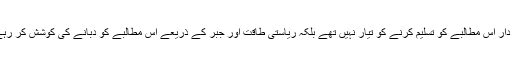
سرمایہ دار اس مطالبے کو تسلیم کرنے کو تیار نہیں تھے بلکہ ریاستی طاقت اور جبر کے ذریعے اس مطالبے کو دبانے کی کوشش کر رہے تھے۔